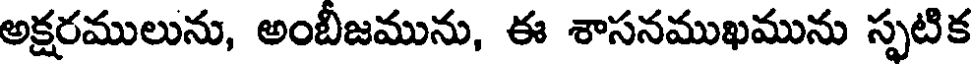
అక్షరములును, అంబీజమును, ఈ శాసనముఖమును స్పటిక